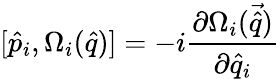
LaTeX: [\hat{{p}}_{i},\Omega_{i}(\hat{q})]=-i\frac{\partial\Omega_{i}(\vec{\hat{q}})}{\partial\hat{q}_{i}}